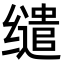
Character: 缱